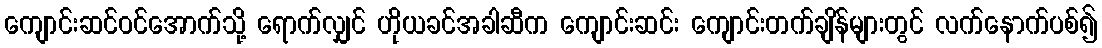
ကျောင်းဆင်ဝင်အောက်သို့ ရောက်လျှင် ဟိုယခင်အခါဆီက ကျောင်းဆင်း ကျောင်းတက်ချိန်များတွင် လက်နောက်ပစ်၍